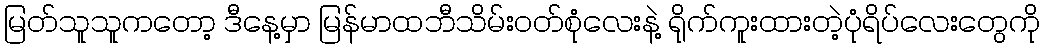
မြတ်သူသူကတော့ ဒီနေ့မှာ မြန်မာထဘီသိမ်းဝတ်စုံလေးနဲ့ ရိုက်ကူးထားတဲ့ပုံရိပ်လေးတွေကို